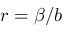
r = \beta / b